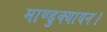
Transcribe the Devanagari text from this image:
माण्डुक्यायन।